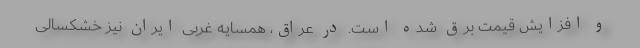
و افزایش قیمت برق شده است. در عراق، همسایه غربی ایران نیز خشکسالی